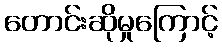
တောင်းဆိုမှုကြောင့်